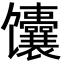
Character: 馕